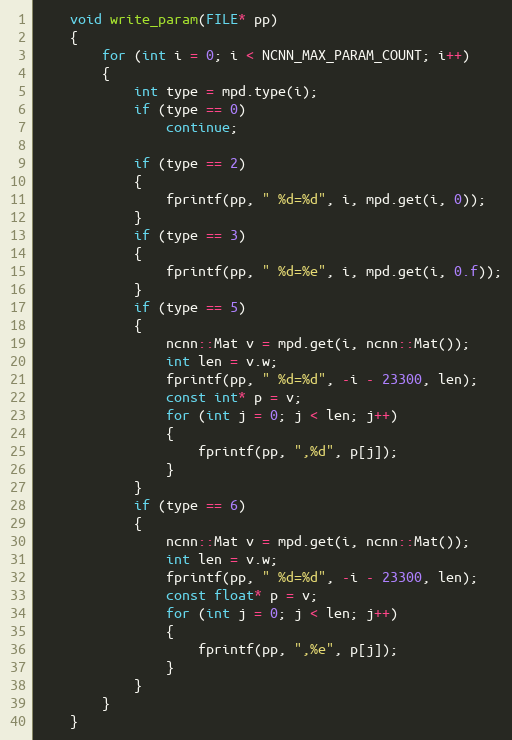
Language: C++
    void write_param(FILE* pp)
    {
        for (int i = 0; i < NCNN_MAX_PARAM_COUNT; i++)
        {
            int type = mpd.type(i);
            if (type == 0)
                continue;

            if (type == 2)
            {
                fprintf(pp, " %d=%d", i, mpd.get(i, 0));
            }
            if (type == 3)
            {
                fprintf(pp, " %d=%e", i, mpd.get(i, 0.f));
            }
            if (type == 5)
            {
                ncnn::Mat v = mpd.get(i, ncnn::Mat());
                int len = v.w;
                fprintf(pp, " %d=%d", -i - 23300, len);
                const int* p = v;
                for (int j = 0; j < len; j++)
                {
                    fprintf(pp, ",%d", p[j]);
                }
            }
            if (type == 6)
            {
                ncnn::Mat v = mpd.get(i, ncnn::Mat());
                int len = v.w;
                fprintf(pp, " %d=%d", -i - 23300, len);
                const float* p = v;
                for (int j = 0; j < len; j++)
                {
                    fprintf(pp, ",%e", p[j]);
                }
            }
        }
    }